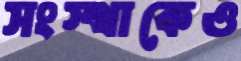
সংস্থাকেও